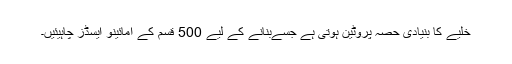
خلیے کا بنیادی حصہ پروٹین ہوتی ہے جسےبنانے کے لیے 500 قسم کے امائینو ایسڈز چاہیئیں۔